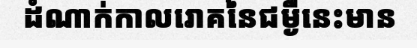
ដំណាក់កាលរោគនៃជម្ងឺនេះមាន